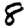
Digit: 8